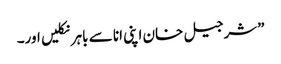
”شرجیل خان اپنی انا سے باہر نکلیں اور۔